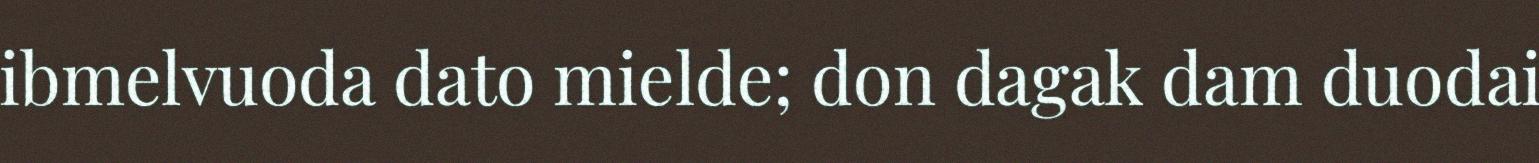
ibmelvuoda dato mielde; don dagak dam duodai